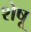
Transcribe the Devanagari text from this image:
शेषू